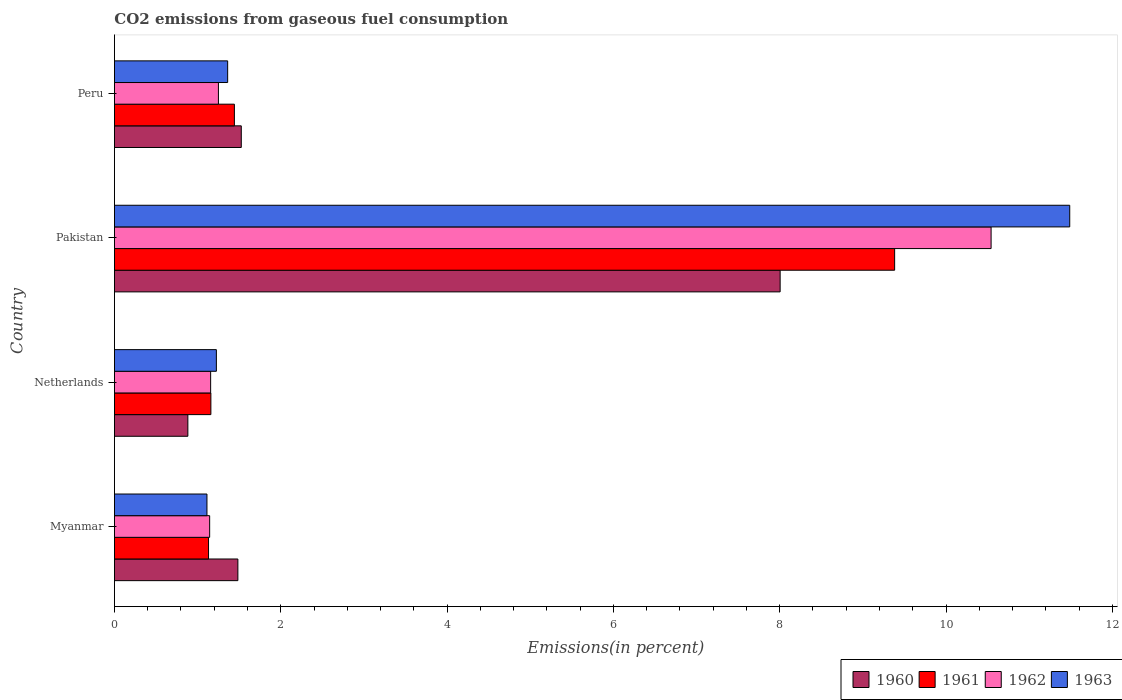
| Country | 1960 | 1961 | 1962 | 1963 |
 | --- | --- | --- | --- | --- |
 | Myanmar | 1.48 | 1.13 | 1.15 | 1.11 |
 | Netherlands | 0.883 | 1.16 | 1.16 | 1.23 |
 | Pakistan | 8.01 | 9.38 | 10.5 | 11.5 |
 | Peru | 1.53 | 1.44 | 1.25 | 1.36 |